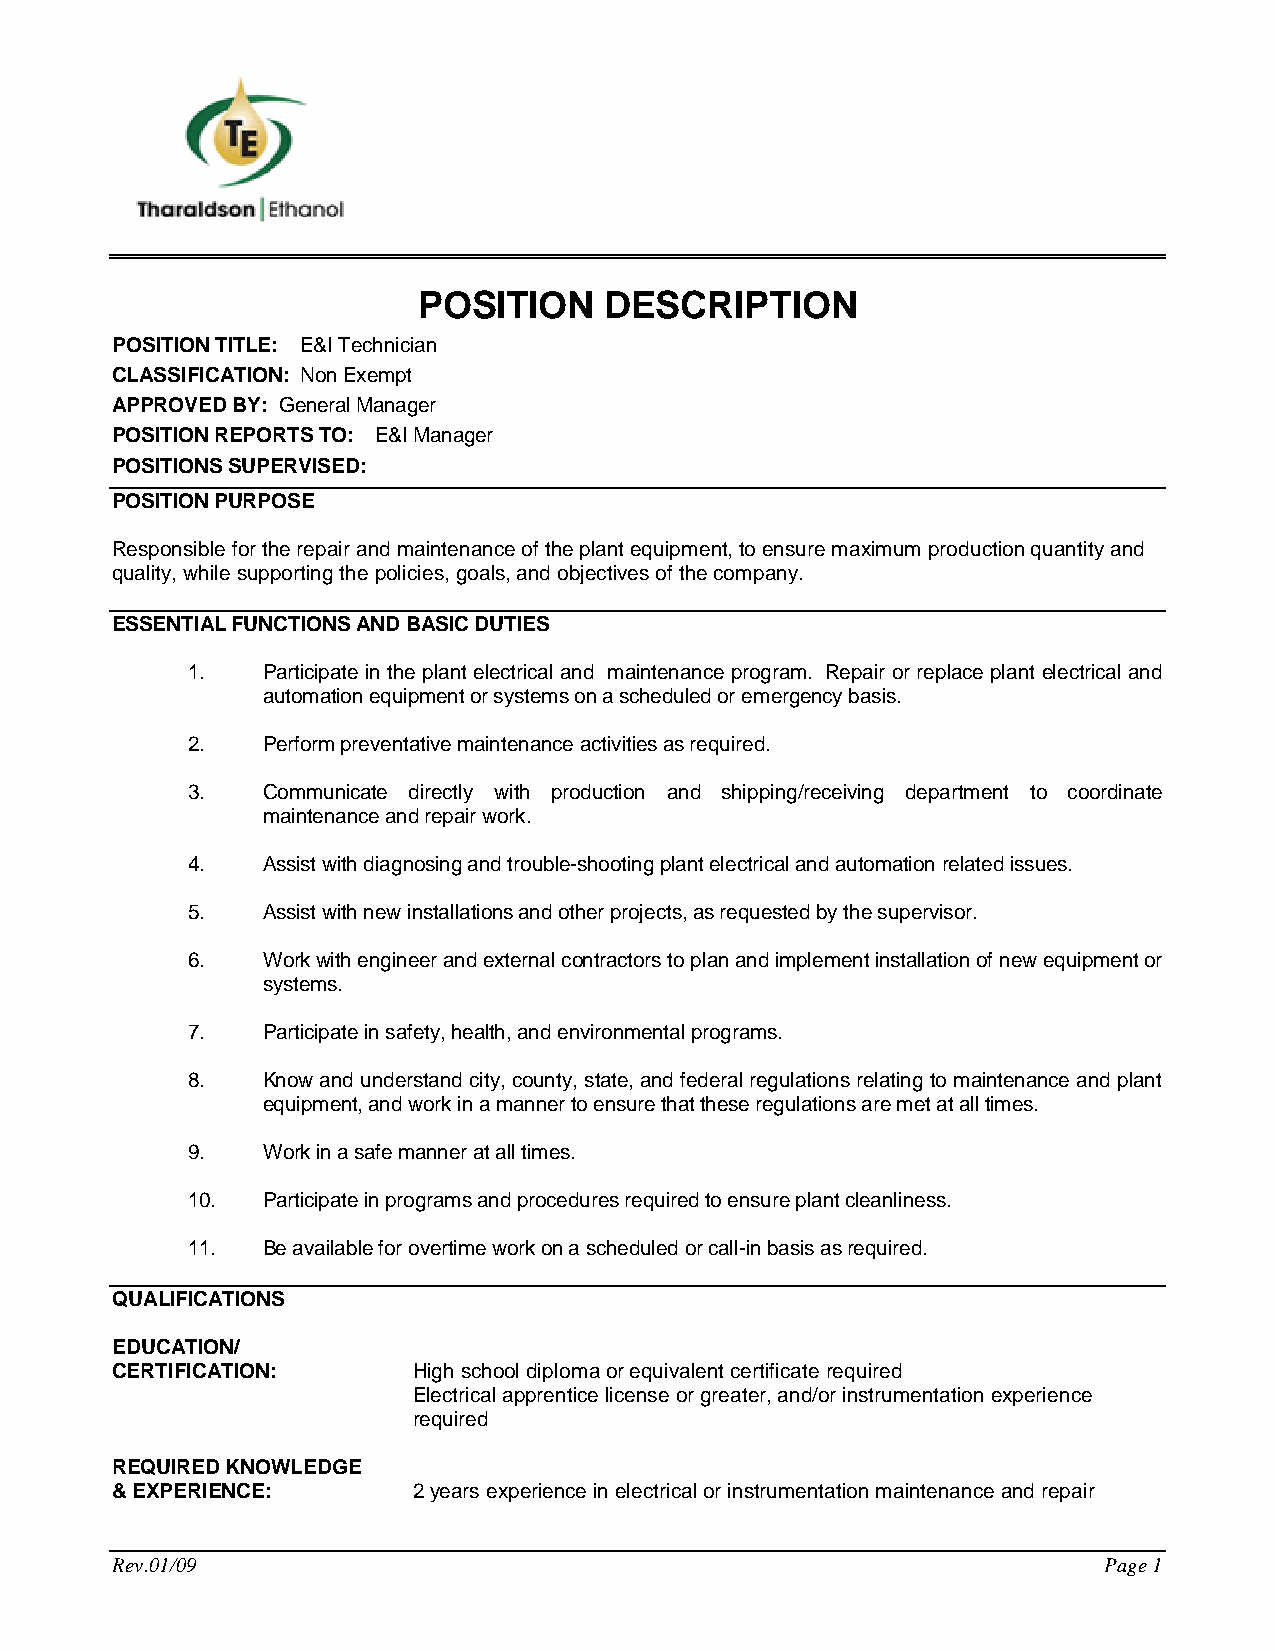
POSITION    DESCRIPTION
 POSITION TITLE: E&I Technician
 CLASSIFICATION: Non Exempt
 APPROVED BY: General Manager
 POSITION REPORTS TO: E&I Manager
 POSITIONS SUPERVISED:
 POSITION PURPOSE
 Responsible for the repair and maintenance of the plant equipment, to ensure maximum production quantity and
 quality, while supporting the policies, goals, and objectives of the company.
 ESSENTIAL FUNCTIONS AND BASIC DUTIES
 1.   Participate in the plant electrical and maintenance program. Repair or replace plant electrical and
 automation equipment or systems on a scheduled or emergency basis.
 2.   Perform preventative maintenance activities as required.
 3.   Communicate directly with production and shipping/receiving department to coordinate
 maintenance and repair work.
 4.   Assist with diagnosing and trouble-shooting plant electrical and automation related issues.
 5.   Assist with new installations and other projects, as requested by the supervisor.
 6.   Work with engineer and external contractors to plan and implement installation of new equipment or
 systems.
 7.   Participate in safety, health, and environmental programs.
 8.   Know and understand city, county, state, and federal regulations relating to maintenance and plant
 equipment, and work in a manner to ensure that these regulations are met at all times.
 9.   Work in a safe manner at all times.
 10.  Participate in programs and procedures required to ensure plant cleanliness.
 11.  Be available for overtime work on a scheduled or call-in basis as required.
 QUALIFICATIONS
 EDUCATION/
 CERTIFICATION:      High school diploma or equivalent certificate required
 Electrical apprentice license or greater, and/or instrumentation experience
 required
 REQUIRED KNOWLEDGE
 & EXPERIENCE:       2 years experience in electrical or instrumentation maintenance and repair
 Rev.01/09                                                         Page 1